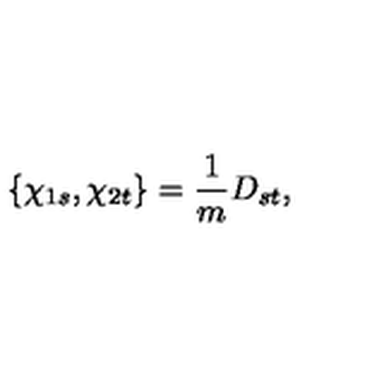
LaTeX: \{ \chi _ { 1 s } , \chi _ { 2 t } \} = \frac { 1 } { m } D _ { s t } ,